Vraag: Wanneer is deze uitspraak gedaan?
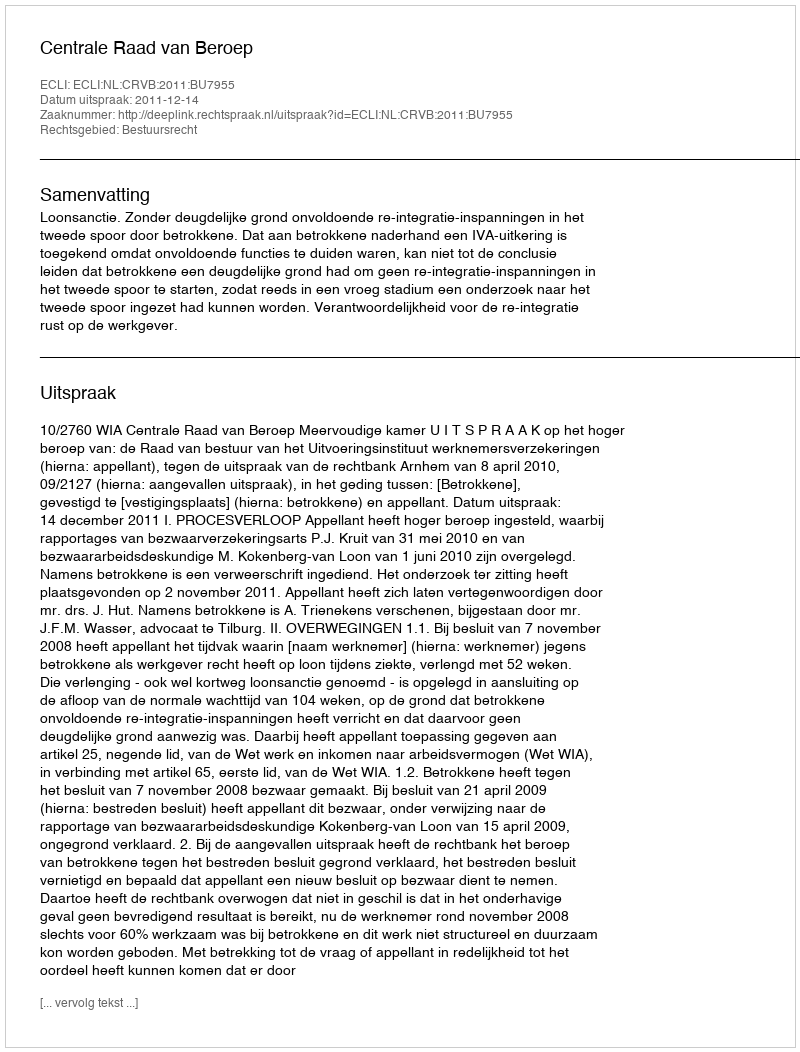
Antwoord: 2011-12-14